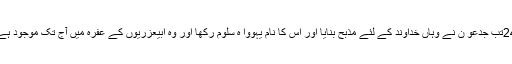
24تب جِدعو ن نے وہاں خُداوند کے لِئے مذبح بنایا اور اُس کا نام یہووا ہ سلوم رکھّا اور وہ ابیعزریوں کے عُفرہ میں آج تک مَوجُود ہے۔